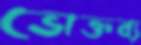
ভোক্তব্য